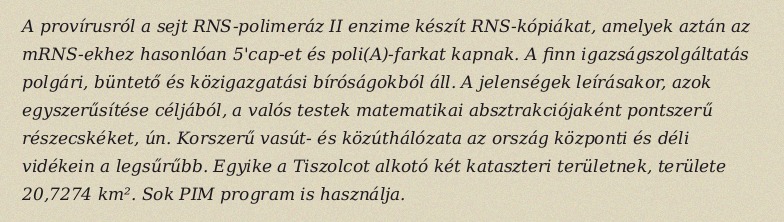
A provírusról a sejt RNS-polimeráz II enzime készít RNS-kópiákat, amelyek aztán az mRNS-ekhez hasonlóan 5'cap-et és poli(A)-farkat kapnak. A finn igazságszolgáltatás polgári, büntető és közigazgatási bíróságokból áll. A jelenségek leírásakor, azok egyszerűsítése céljából, a valós testek matematikai absztrakciójaként pontszerű részecskéket, ún. Korszerű vasút- és közúthálózata az ország központi és déli vidékein a legsűrűbb. Egyike a Tiszolcot alkotó két kataszteri területnek, területe 20,7274 km². Sok PIM program is használja.